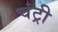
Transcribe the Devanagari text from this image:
चंट्री